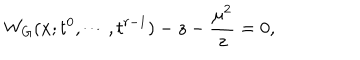
W _ { G } ( x ; t ^ { 0 } , \cdots , t ^ { r - 1 } ) - z - { \frac { \mu ^ { 2 } } { z } } = 0 ,